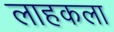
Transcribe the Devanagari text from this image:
लाहकला